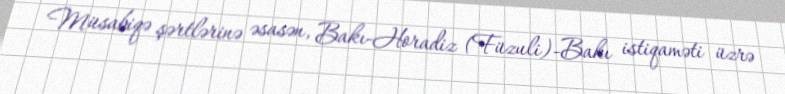
Müsabiqə şərtlərinə əsasən, Bakı-Horadiz (Füzuli)-Bakı istiqaməti üzrə